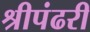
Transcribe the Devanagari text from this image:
श्रीपंढरी